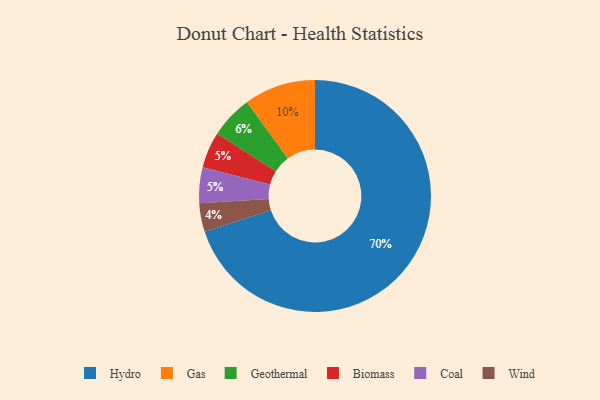
{"axis": {"x": "Category", "y": "Percentage"}, "legend": ["Biomass", "Coal", "Gas", "Geothermal", "Hydro", "Wind"], "data": [{"x": "Wind", "y": 4, "type": "Wind"}, {"x": "Geothermal", "y": 6, "type": "Geothermal"}, {"x": "Biomass", "y": 5, "type": "Biomass"}, {"x": "Hydro", "y": 70, "type": "Hydro"}, {"x": "Coal", "y": 5, "type": "Coal"}, {"x": "Gas", "y": 10, "type": "Gas"}]}